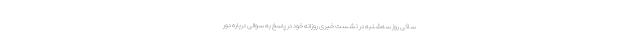
ساکی روز سه‌شنبه در نشست خبری روزانه خود در پاسخ به سوالی درباره دور